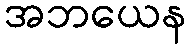
အဘယေန